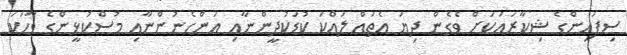
ސިފައިންގެ ޝިކާރައަކަށް ވެގެން ދިޔަ އެތައް ލައްކަ ކުޑަކުދީންނާއި އަންހެނުންނާއި މުސްކުޅީންގެ ވާހަކަ